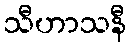
သီဟာသနီ